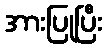
အားပြုပြီး